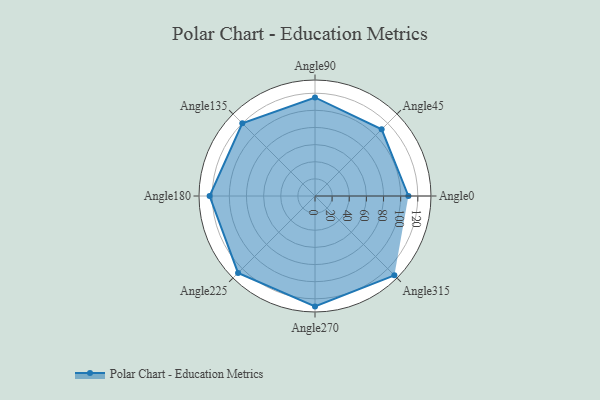
{"axis": {"x": "Angle", "y": "Radius"}, "legend": [""], "data": [{"x": "Angle0", "y": 109.0, "type": ""}, {"x": "Angle45", "y": 110.0, "type": ""}, {"x": "Angle90", "y": 115.0, "type": ""}, {"x": "Angle135", "y": 120.0, "type": ""}, {"x": "Angle180", "y": 123.0, "type": ""}, {"x": "Angle225", "y": 127.0, "type": ""}, {"x": "Angle270", "y": 129.0, "type": ""}, {"x": "Angle315", "y": 131.0, "type": ""}]}